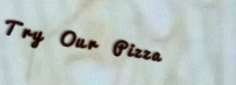
Try Our Pizza